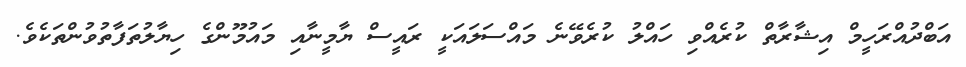
އަބްދުއްރަހީމް އިޝާރާތް ކުރެއްވި ހައްލު ކުރެވޭނެ މައްސަލައަކީ ރައީސް ޔާމީނާއި މައުމޫންގެ ހިޔާލުތަފާތުވުންތަކެވެ.